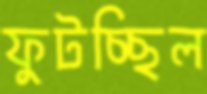
ফুটচ্ছিল